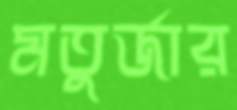
মতুর্জার